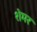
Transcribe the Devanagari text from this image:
शेमर